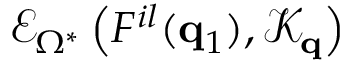
\mathcal { E } _ { \Omega ^ { * } } \left( F ^ { i l } ( \mathbf { q } _ { 1 } ) , \mathcal { K } _ { \mathbf { q } } \right)